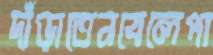
দাঁড়াতেনবেলেপা